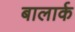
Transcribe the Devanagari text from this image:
बालार्क